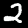
Digit: 2